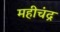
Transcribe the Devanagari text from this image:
महीचंद्र